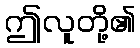
ဤလူတို့၏